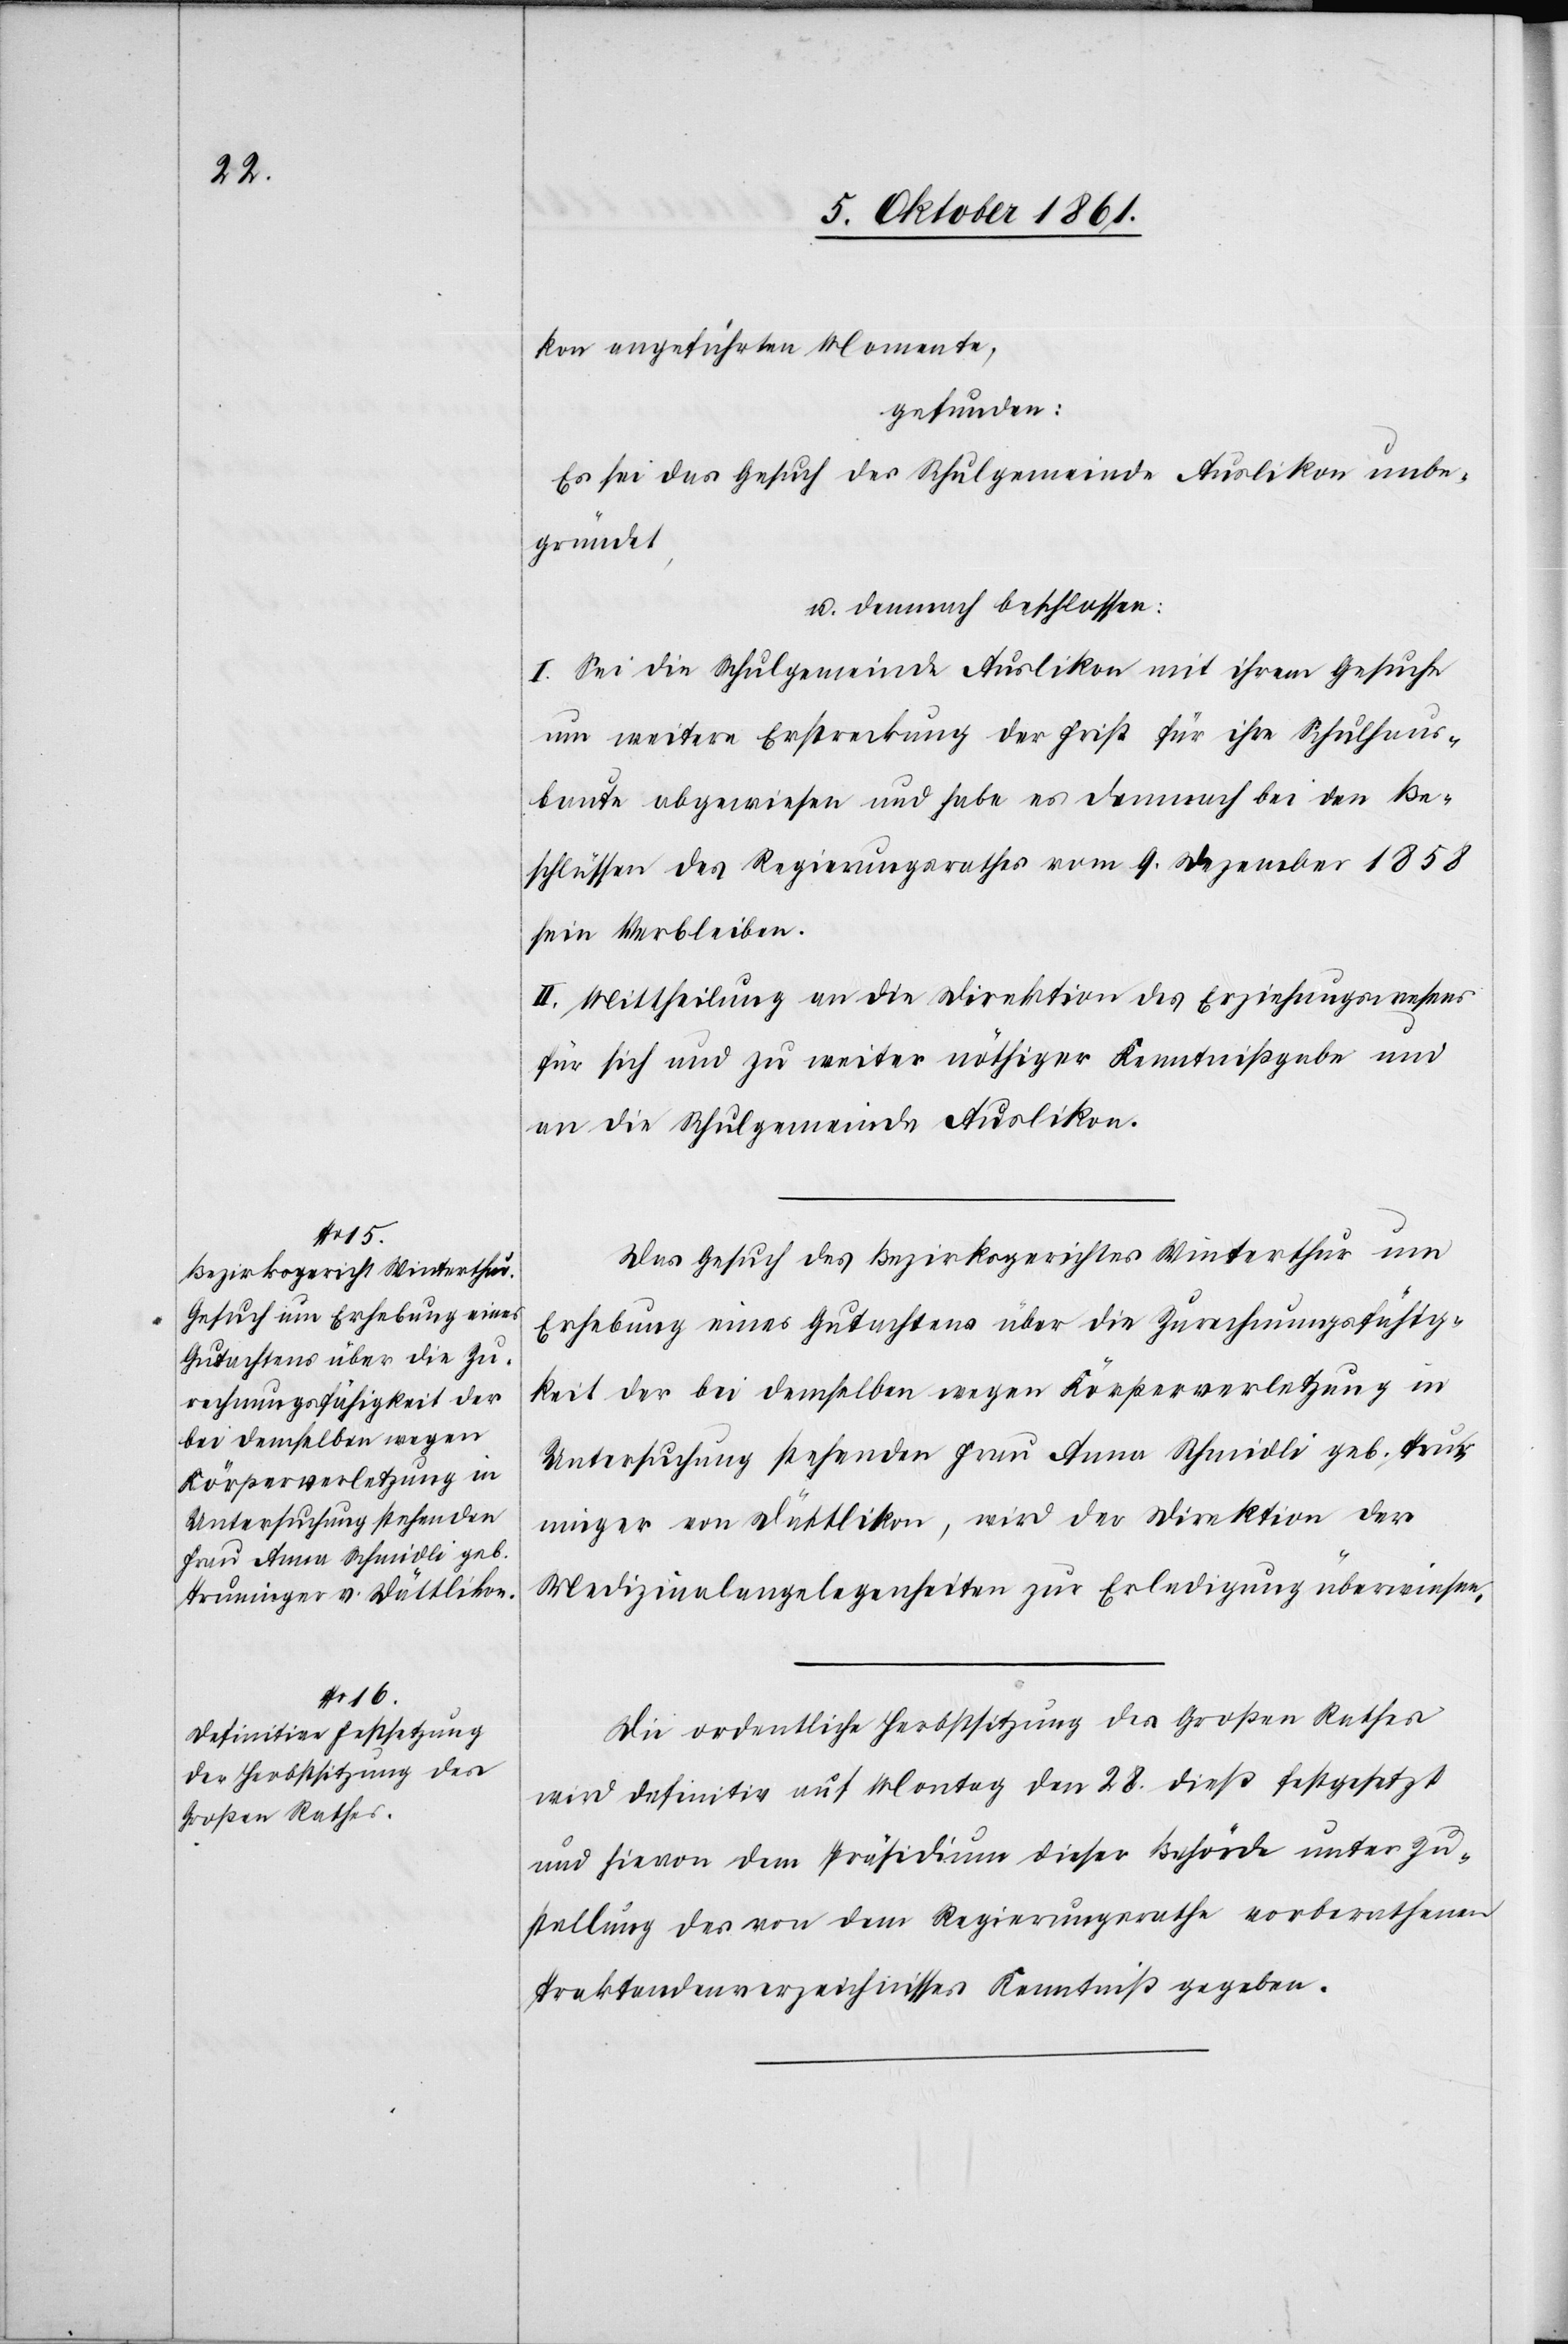
kon angeführten Momente,
gefunden:
Es sei das Gesuch der Schulgemeinde Auslikon unbe¬
gründet,
u. demnach beschlossen:
I. Sei die Schulgemeinde Auslikon mit ihrem Gesuche
um weitere Besprechung [sic!] der Frist für ihre Schulhaus¬
baute abgewiesen und habe es demnach bei den Be¬
schlüssen des Regierungsrathes vom 9 Dezember 1858
sein Verbleiben.
II. Mittheilung an die Direktion des Erziehungswesens
für sich und zu weiter nöthiger Kenntnißgabe und
an die Schulgemeinde Auslikon.
Das Gesuch des Bezirksgerichtes Winterthur um
Erhebung eines Gutachtens über die Zurechnungsfähig¬
keit der bei demselben wegen Körperverletzung in
Untersuchung stehenden Frau Anna Schmidli geb. Trun¬
nieger von Dättlikon, wird der Direktion der
Medizinalangelegenheiten zur Erledigung überwiesen.
Die ordentliche Herbstsitzung des Großen Rathes
wird definitiv auf Montag den 28 dieß festgesetzt
und hievon dem Präsidium dieser Behörde unter Zu¬
stellung des von dem Regierungsrathe vorberathenen
Traktandenverzeichnisses Kenntniß gegeben.